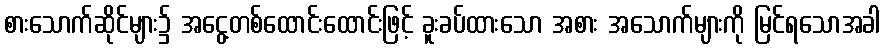
စားသောက်ဆိုင်များ၌ အငွေ့တစ်ထောင်းထောင်းဖြင့် ခူးခပ်ထားသော အစား အသောက်များကို မြင်ရသောအခါ